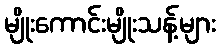
မျိုးကောင်းမျိုးသန့်များ